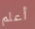
أعلم